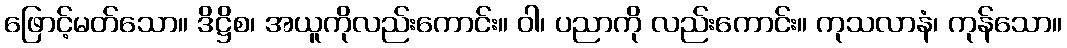
ဖြောင့်မတ်သော။ ဒိဋ္ဌိစ၊ အယူကိုလည်းကောင်း။ ဝါ၊ ပညာကို လည်းကောင်း။ ကုသလာနံ၊ ကုန်သော။